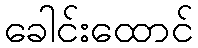
ခေါင်းထောင်